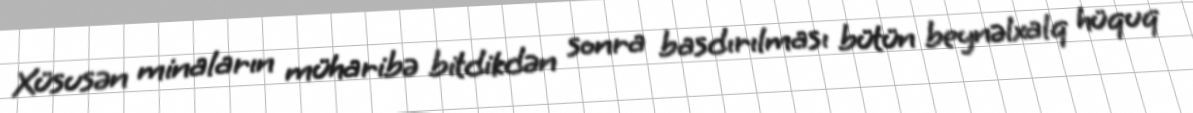
Xüsusən minaların müharibə bitdikdən sonra basdırılması bütün beynəlxalq hüquq